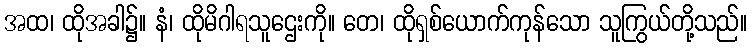
အထ၊ ထိုအခါ၌။ နံ၊ ထိုမိဂါရသူဌေးကို။ တေ၊ ထိုရှစ်ယောက်ကုန်သော သူကြွယ်တို့သည်။